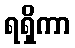
ရရှိကာ